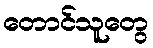
တောင်သူတွေ